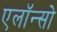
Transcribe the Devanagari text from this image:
एलॉन्सो